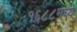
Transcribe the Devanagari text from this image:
१६८८मध्ये